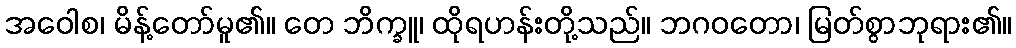
အဝေါစ၊ မိန့်တော်မူ၏။ တေ ဘိက္ခူ၊ ထိုရဟန်းတို့သည်။ ဘဂဝတော၊ မြတ်စွာဘုရား၏။